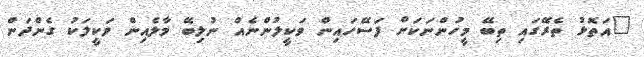
"އަތޮޅު ތެރޭގައި ތިބޭ މީހުންނަކަށް ފަސޭހައިން ވަކީލުންނެއް ނުލިބޭ މާލެއިން ވަކީލަކު ގެންދަން